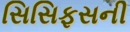
સિસિફસની